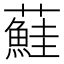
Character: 𫊒